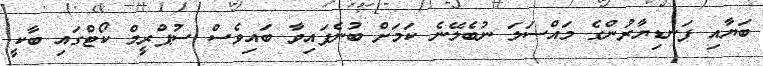
ބަޔާއި ފަނޑިޔާރުންގެ މައްސަލަ ނުބެލޭނެ ކަމަށް ބުނެފައިވާ ބައިވެސް ސުޕްރީމް ކޯޓްގައި ބާކީ